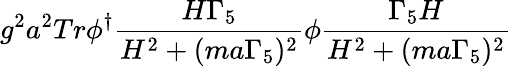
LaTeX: g^{2}a^{2}Tr\phi^{\dagger}\frac{H\Gamma_{5}}{H^{2}+(ma\Gamma_{5})^{2}}\phi\frac{\Gamma_{5}H}{H^{2}+(ma\Gamma_{5})^{2}}